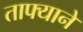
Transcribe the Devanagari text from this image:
ताफ्याने